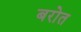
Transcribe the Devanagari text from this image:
बरोत